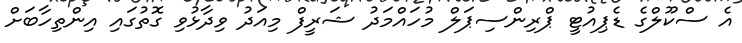
އެ ސްކޫލްގެ ޑެޕިއުޓީ ޕްރިންސިޕަލް މުހައްމަދު ޝަރީފް މިއަދު ވިދާޅުވި ގޮތުގައި އިންތިހާބަށް